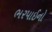
ભરપાઈનો